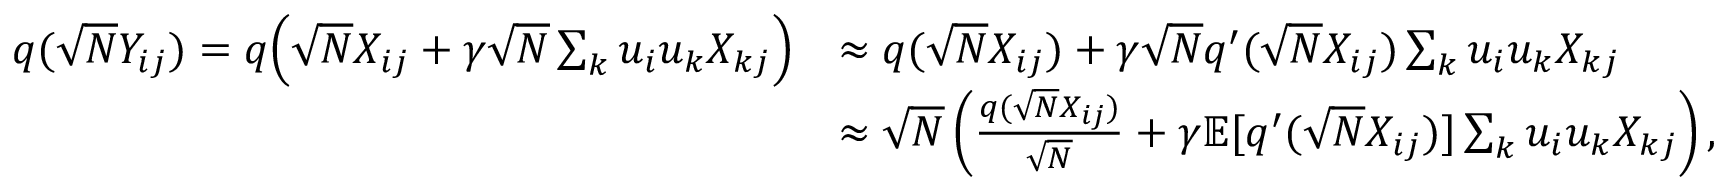
\begin{array} { r l } { q ( \sqrt { N } Y _ { i j } ) = q \Big ( \sqrt { N } X _ { i j } + \gamma \sqrt { N } \sum _ { k } u _ { i } u _ { k } X _ { k j } \Big ) } & { \approx q ( \sqrt { N } X _ { i j } ) + \gamma \sqrt { N } q ^ { \prime } ( \sqrt { N } X _ { i j } ) \sum _ { k } u _ { i } u _ { k } X _ { k j } } \\ & { \approx \sqrt { N } \left( \frac { q ( \sqrt { N } X _ { i j } ) } { \sqrt { N } } + \gamma \mathbb { E } [ q ^ { \prime } ( \sqrt { N } X _ { i j } ) ] \sum _ { k } u _ { i } u _ { k } X _ { k j } \right) , } \end{array}